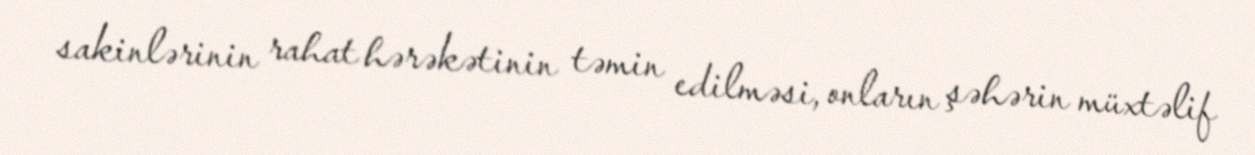
sakinlərinin rahat hərəkətinin təmin edilməsi, onların şəhərin müxtəlif